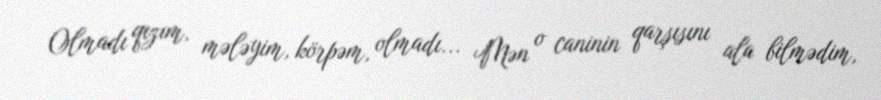
Olmadı qızım, mələyim, körpəm, olmadı... Mən o caninin qarşısını ala bilmədim,